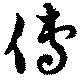
博